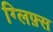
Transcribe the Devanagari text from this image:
ग्लिफ़्स